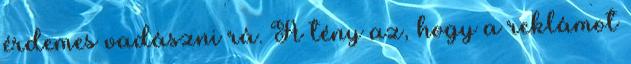
érdemes vadászni rá. A tény az, hogy a reklámot